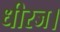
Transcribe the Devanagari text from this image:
धीरज।